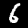
Digit: 6